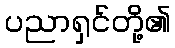
ပညာရှင်တို့၏